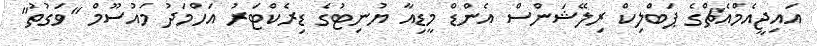
އައިޖީއެމްއެޗްގެ ޕަބްލިކް ރިލޭޝަންސް އެންޑް މީޑިއާ ޔުނިޓުގެ ޑިރެކްޓަރު އަހްމަދު މައުސޫމް "ވަގުތު"